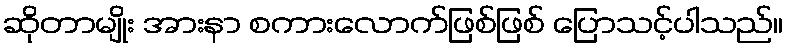
ဆိုတာမျိုး အားနာ စကားလောက်ဖြစ်ဖြစ် ပြောသင့်ပါသည်။